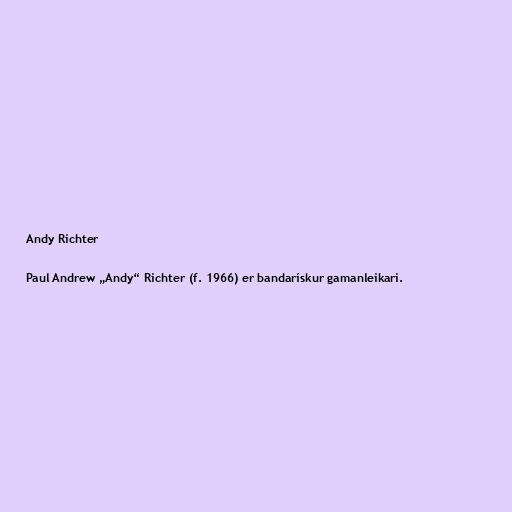
Andy Richter

Paul Andrew „Andy“ Richter (f. 1966) er bandarískur gamanleikari.